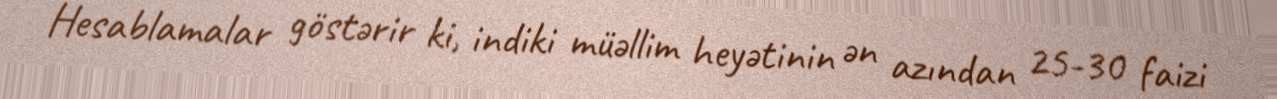
Hesablamalar göstərir ki, indiki müəllim heyətinin ən azından 25-30 faizi